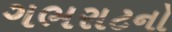
ગભરાટનો